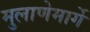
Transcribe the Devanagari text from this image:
मुलाणेमार्गे